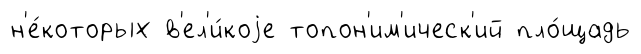
н'е́которых в'ел'и́коjе топон'им'ическ'ий пло́щадь